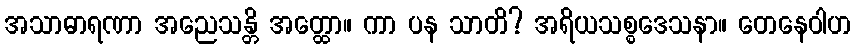
အသာဓာရဏာ အညေသန္တိ အတ္ထော။ ကာ ပန သာတိ? အရိယသစ္စဒေသနာ။ တေနေဝါဟ